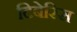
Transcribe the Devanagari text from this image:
टिबेरिस